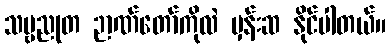
သဗ္ဗညုတ ဉာဏ်တော်ကိုလဲ မှန်းဆ နိုင်ပါတယ်။